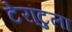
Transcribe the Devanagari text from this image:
टेरांटुला